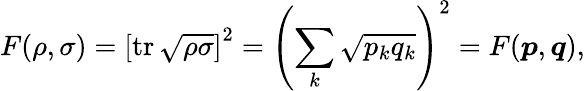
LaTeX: F(\rho,\sigma)=\left[\operatorname{tr}{\sqrt{\rho\sigma}}\right]^{2}=\left(\sum_{k}{\sqrt{p_{k}q_{k}}}\right)^{2}=F({\boldsymbol{p}},{\boldsymbol{q}}),